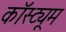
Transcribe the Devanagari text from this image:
कॉस्‍ट्यूम